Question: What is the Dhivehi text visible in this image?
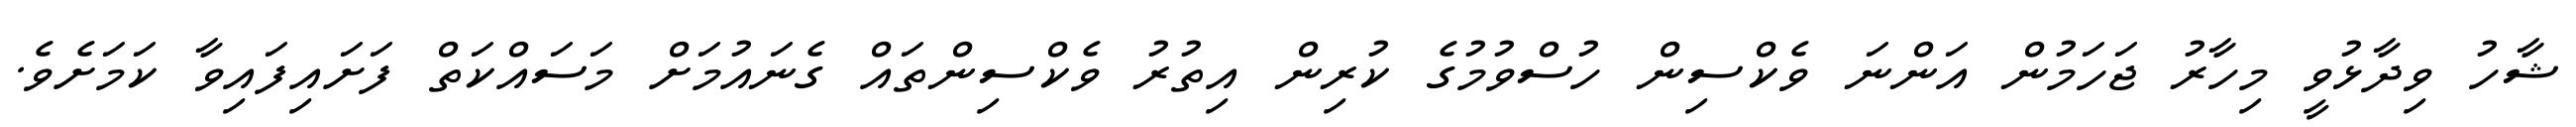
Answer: ޝާހު ވިދާޅުވީ މިހާރު ޖަހަމުން އަންނަ ވެކްސިން ހުސްވުމުގެ ކުރިން އިތުރު ވެކްސިންތައް ގެނައުމަށް މަސައްކަތް ފަށައިފައިވާ ކަމަށެވެ.